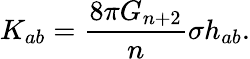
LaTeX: K_{ab}=\frac{8\pi G_{n+2}}{n}\sigma h_{ab}.